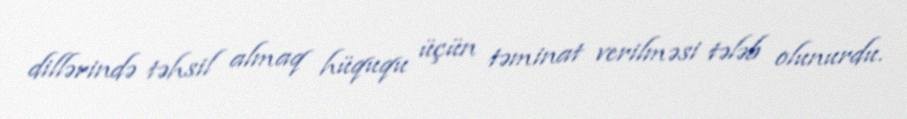
dillərində təhsil almaq hüququ üçün təminat verilməsi tələb olunurdu.